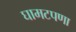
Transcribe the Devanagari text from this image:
घामटपणा